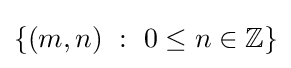
\{(m,n)~:~0\leq n\in \mathbb {Z} \}